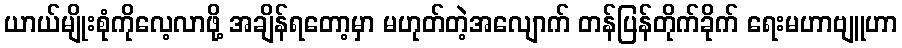
ယာယ်မျိုးစုံကိုလေ့လာဖို့ အချိန်ရတော့မှာ မဟုတ်တဲ့အလျောက် တန်ပြန်တိုက်ခိုက် ရေးမဟာဗျူဟာ